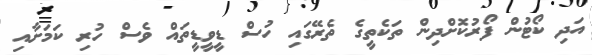
އަދި ކޯޓުން ފޯރުކޮށްދިން ތަކެތީގެ ތެރޭގައި ހުސް ޑީވީޑީތައް ވެސް ހުރި ކަމަށާއި